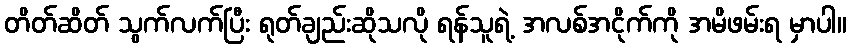
တိတ်ဆိတ် သွက်လက်ပြီး ရုတ်ချည်းဆိုသလို ရန်သူရဲ့ အလစ်အငိုက်ကို အမိဖမ်းရ မှာပါ။